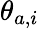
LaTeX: \theta_{a,i}